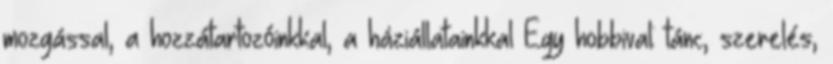
mozgással, a hozzátartozóinkkal, a háziállatainkkal Egy hobbival: tánc, szerelés,